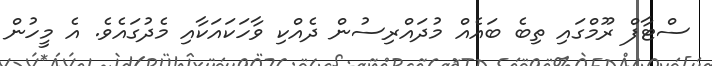
ސްޓާފް ރޫމްގައި ތިބެ ބައެއް މުދައްރިސުން ދެއްކި ވާހަކައަކާއި މެދުގައެވެ. އެ މީހުން